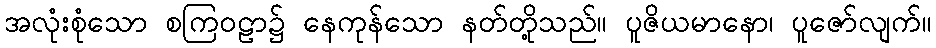
အလုံးစုံသော စကြဝဠာ၌ နေကုန်သော နတ်တို့သည်။ ပူဇိယမာနော၊ ပူဇော်လျက်။